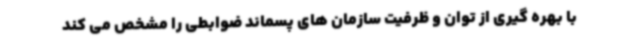
با بهره گیری از توان و ظرفیت سازمان های پسماند ضوابطی را مشخص می کند